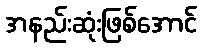
အနည်းဆုံးဖြစ်အောင်